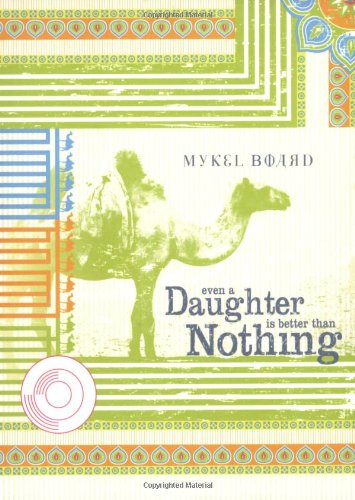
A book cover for Even A Daughter Is Better Than Nothing; Mykel Board; Travel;